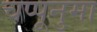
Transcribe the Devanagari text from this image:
चप्पूनुमा